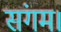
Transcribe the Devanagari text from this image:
संगम।